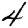
Digit: 4